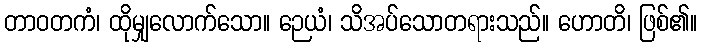
တာဝတကံ၊ ထိုမျှလောက်သော။ ဉေယံ၊ သိအပ်သောတရားသည်။ ဟောတိ၊ ဖြစ်၏။